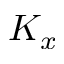
K _ { x }